Annual returns of the Patna Lunatic Asylum at Bankipore in Bihar and Orissa - 1912-1924
Year: 1912
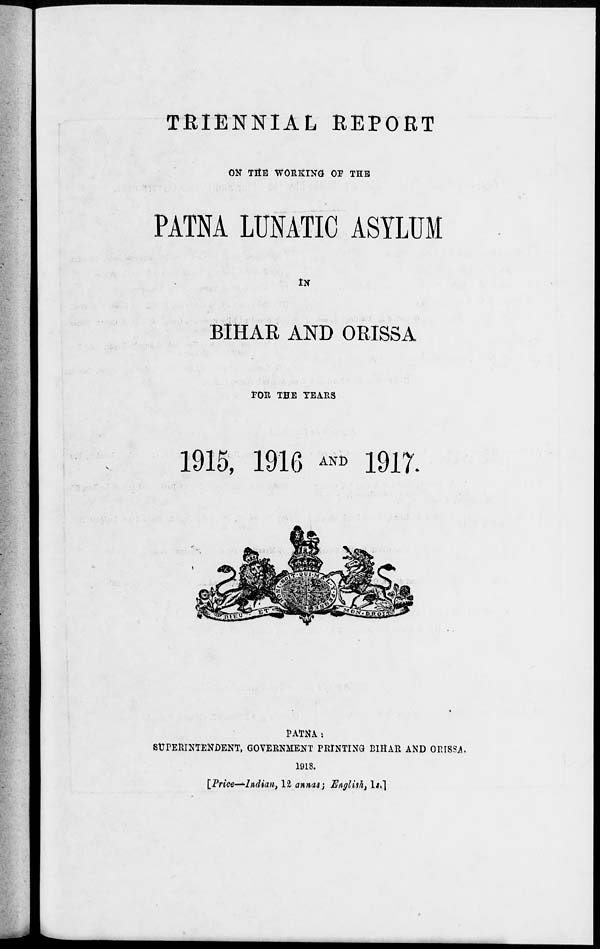
TRIENNIAL REPORT
ON THE WORKING OF THE
PATNA LUNATIC ASYLUM
IN
BIHAR AND ORISSA
FOR THE YEARS
1915, 1916 AND 1917.
PATNA :
SUPERINTENDENT, GOVERNMENT PRINTING BIHAR AND ORISSA.
1918.
[Price—Indian, 12 annas; English, 1s.]